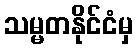
သမ္မတနိုင်ငံမှ